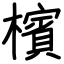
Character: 檳